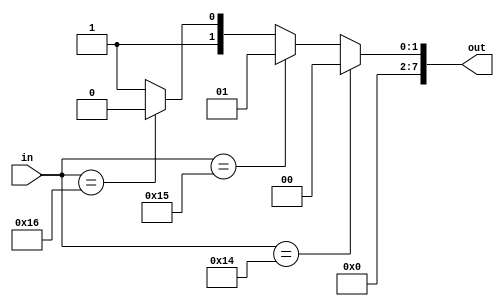
module operator_converter (
	input [7:0] in,
	output [7:0] out
);

localparam ADD = 0,
			SUB = 1,
			MULT = 2,
			DIV = 3;

assign out = (in == 8'd20) ? ADD : (in == 8'd21) ? SUB : (in == 8'd22) ? MULT : DIV;

endmodule